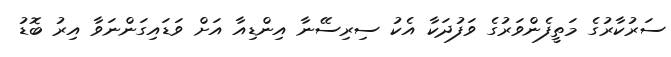
ސަރުކާރުގެ މަތީފެންވަރުގެ ވަފުދަކާ އެކު ސިރިސޭނާ އިންޑިއާ އަށް ވަޑައިގަންނަވާ އިރު ބޮޑު